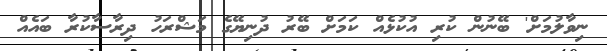
ނިވާލުމަށް' ބޭނުން ކުރި އުކުޅެއް ކަމަށް ބޭރު ދުނިޔޭގެ މަޝްރަހު ދިރާސާކުރާ ބައެއް